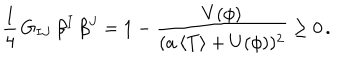
{ \frac { 1 } { 4 } } \, G _ { I J } \, \beta ^ { I } \, \beta ^ { J } = 1 - { \frac { V ( \phi ) } { ( a \, \langle T \rangle + U ( \phi ) ) ^ { 2 } } } \geq 0 \, .